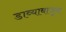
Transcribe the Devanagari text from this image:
डाव्याबाजूस